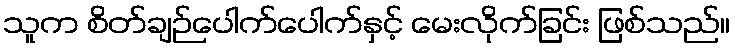
သူက စိတ်ချဉ်ပေါက်ပေါက်နှင့် မေးလိုက်ခြင်း ဖြစ်သည်။